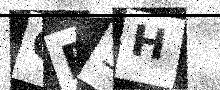
Text: CE5H